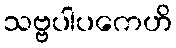
သဗ္ဗပါပကေဟိ